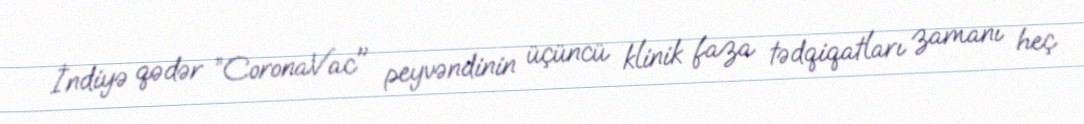
İndiyə qədər ”CoronaVac" peyvəndinin üçüncü klinik faza tədqiqatları zamanı heç